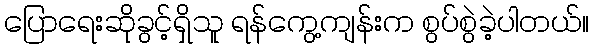
ပြောရေးဆိုခွင့်ရှိသူ ရန်ကွေ့ကျန်းက စွပ်စွဲခဲ့ပါတယ်။